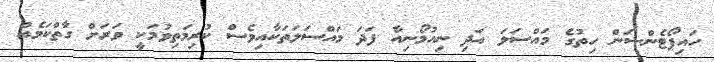
ހައިޕޯޓެންޝަން ހިތުގެ މައްސަލަ އަދި ނިއުމޯނިއާ ފަދަ މައްސަލަތަކާއިވެސް ކުރިމަތިވުމަކީ ވަރަށް ގާތްކަމެއް